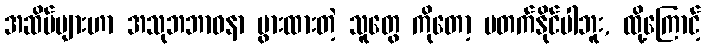
အဆိပ်များဟာ အသုဘဘာဝနာ ပွားထားတဲ့ သူတွေ ကိုတော့ မတက်နိုင်ပါဘူး, ထို့ကြောင့်